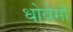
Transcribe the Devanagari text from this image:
धोवेमी